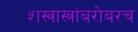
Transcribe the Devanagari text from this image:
शस्त्रास्त्रांबरोबरच